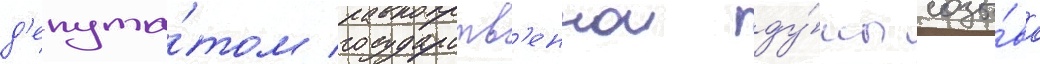
д'епута́том государств'еннои ду́мы созы́ва